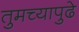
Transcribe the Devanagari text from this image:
तुमच्यापुढे